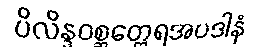
ပိလိန္ဒဝစ္ဆတ္ထေရအပဒါနံ